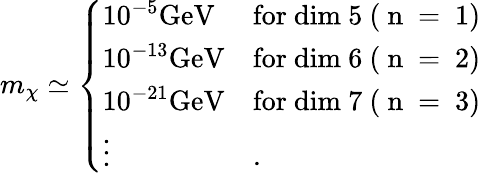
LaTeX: m_{\chi}\simeq\left\{ \begin{array}{ll}{{10^{-5}\mathrm{{GeV}}}}&{{\mathrm{for~dim~5~(~n~=~1)}}}\\ {{10^{-13}\mathrm{{GeV}}}}&{{\mathrm{for~dim~6~(~n~=~2)}}}\\ {{10^{-21}\mathrm{{GeV}}}}&{{\mathrm{for~dim~7~(~n~=~3)}}}\\ {{\vdots}}&{{.}}\end{array}\right.